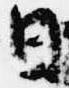
日